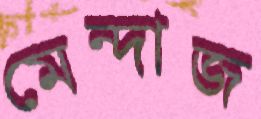
মেন্দাজ